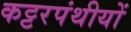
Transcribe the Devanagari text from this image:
कट्टरपंथीयों